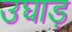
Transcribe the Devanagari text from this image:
उघाड़